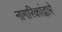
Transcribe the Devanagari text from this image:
नागरिकांद्वारे